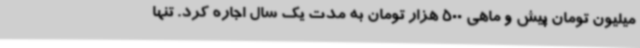
میلیون تومان پیش و ماهی 500 هزار تومان به مدت یک سال اجاره کرد. تنها